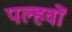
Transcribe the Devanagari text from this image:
पल्हवों